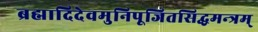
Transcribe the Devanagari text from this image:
ब्रह्मादिदेवमुनिपूजितसिद्धमन्त्रम्